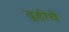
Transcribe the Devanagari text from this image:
दुहीचे